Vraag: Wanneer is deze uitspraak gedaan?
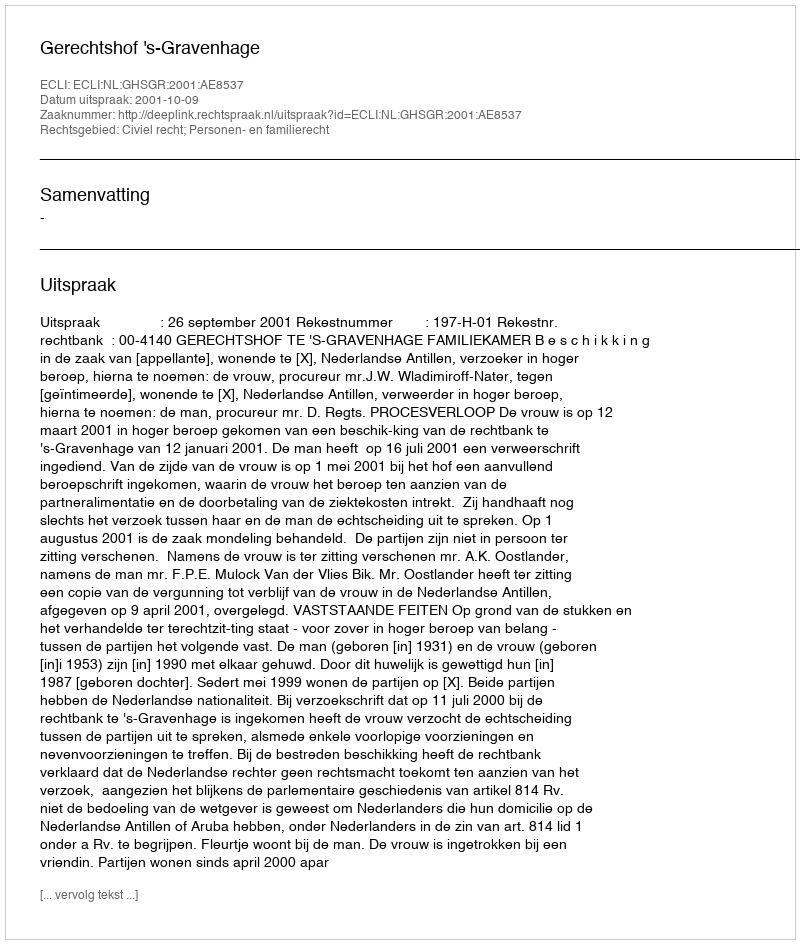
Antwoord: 2001-10-09